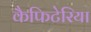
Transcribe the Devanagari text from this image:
कैफिटेरिया